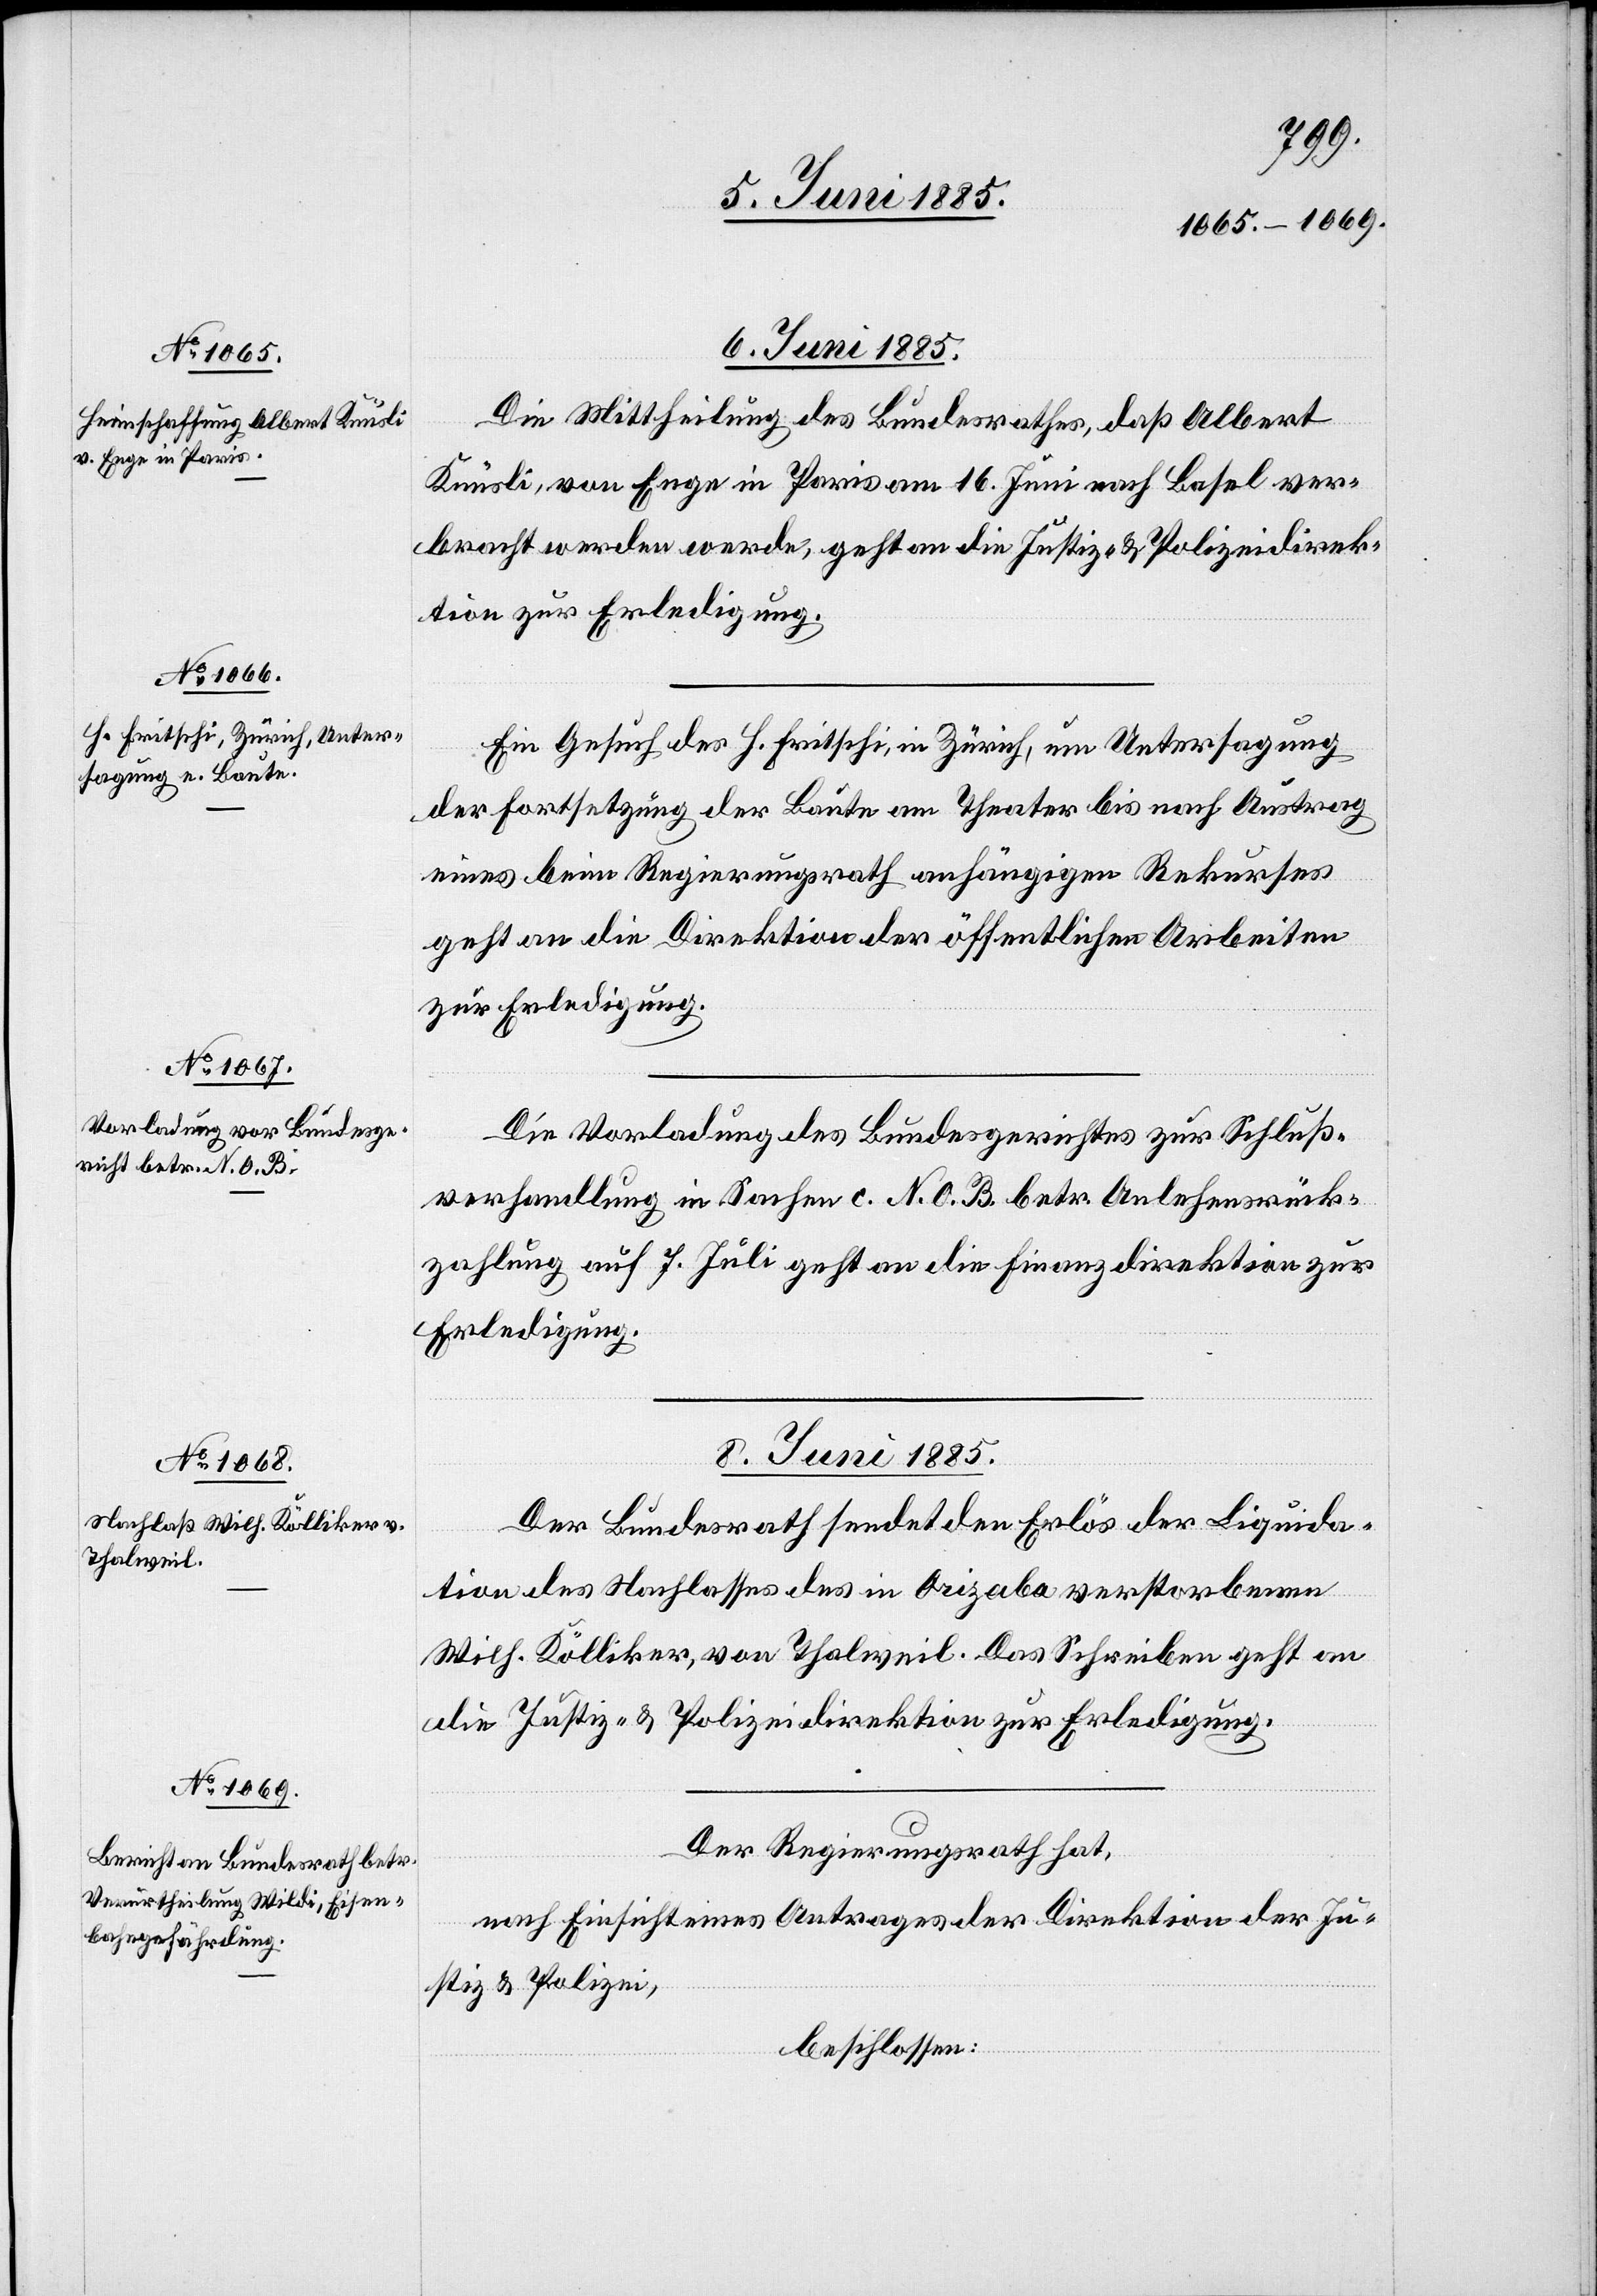
08. Juni 1885.]
Die Mittheilung des Bundesrathes, daß Albert
Knüsli, von Enge in Paris am 16. Juni nach Basel ver¬
bracht werden werde, geht an die Justiz- & Polizeidirek¬
tion zur Erledigung.
Ein Gesuch des H. Fritschi, in Zürich, um Untersagung
der Fortsetzung der Baute am Theater bis nach Austrag
eines beim Regierungsrath anhängigen Rekurses
geht an die Direktion der öffentlichen Arbeiten
zur Erledigung.
Die Vorladung des Bundesgerichtes zur Schluß¬
verhandlung in Sachen c. N. O. B. betr. Anlehensrück¬
zahlung auf 7. Juli geht an die Finanzdirektion zur
Erledigung.
08. Juni 1885.
Der Bundesrath sendet den Erlös der Liquida¬
tion des Nachlasses des in Orizaba verstorbenen
Wilh. Kölliker, von Thalweil. Das Schreiben geht an
die Justiz- & Polizeidirektion zur Erledigung.
Der Regierungsrath hat,
nach Einsicht eines Antrages der Direktion der Ju¬
stiz & Polizei,
beschlossen: